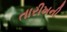
તારીખની